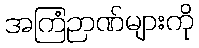
အကြံဉာဏ်များကို